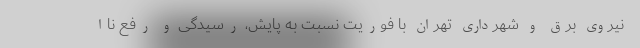
نیروی برق و شهرداری تهران با فوریت نسبت به پایش، رسیدگی و رفع ناا